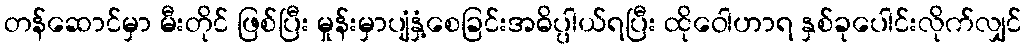
တန်ဆောင်မှာ မီးတိုင် ဖြစ်ပြီး မှုန်းမှာပျံနှံ့စေခြင်းအဓိပ္ပါယ်ရပြီး ထိုဝေါဟာရ နှစ်ခုပေါင်းလိုက်လျှင်